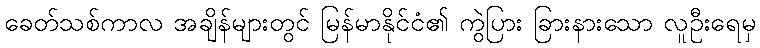
ခေတ်သစ်ကာလ အချိန်များတွင် မြန်မာနိုင်ငံ၏ ကွဲပြား ခြားနားသော လူဦးရေမှ